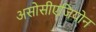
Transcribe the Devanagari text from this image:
असोसीएजियोन